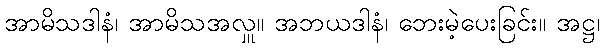
အာမိသဒါနံ၊ အာမိသအလှူ။ အဘယဒါနံ၊ ဘေးမဲ့ပေးခြင်း။ အဋ္ဌ၊